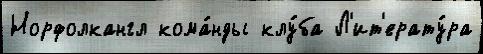
Норфолкангл кома́нды клу́ба Л'ит'ерату́ра